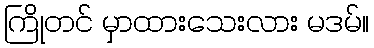
ကြိုတင် မှာထားသေးလား မဒမ်။